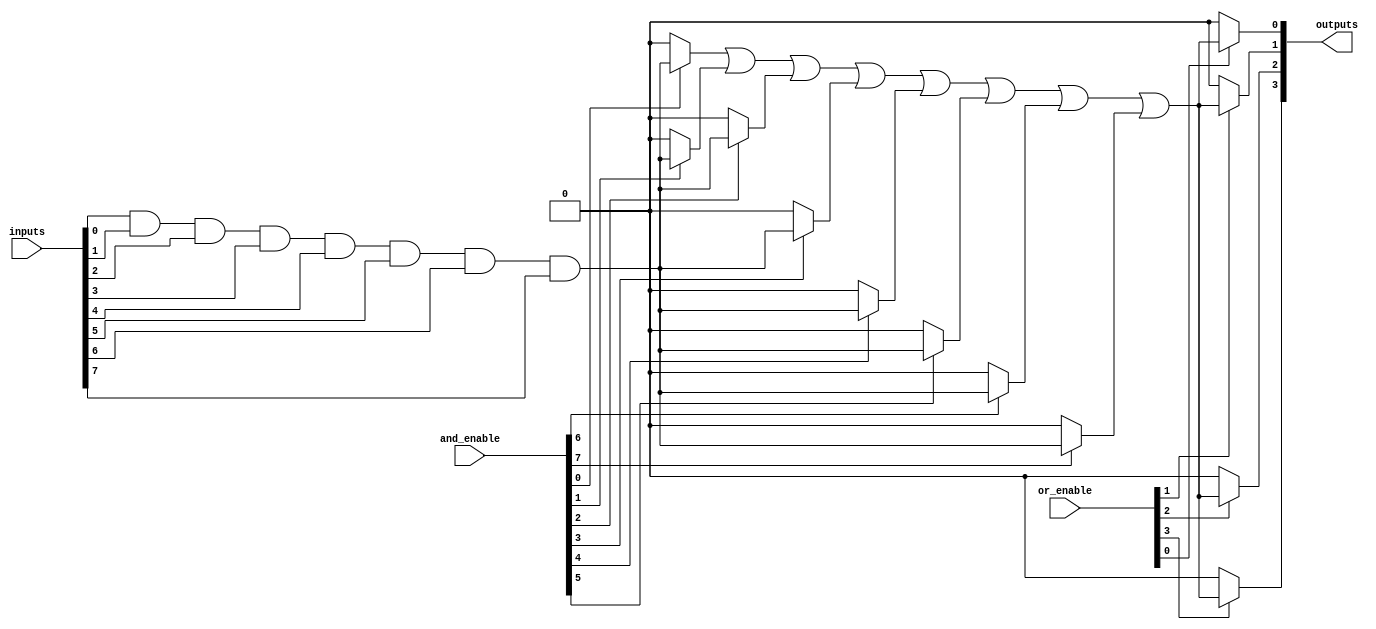
module SPAL #(
    parameter NUM_INPUTS = 8,   // Number of input lines
    parameter NUM_AND_GATES = 16, // Number of AND gates
    parameter NUM_OR_GATES = 4    // Number of OR gates
)(
    input wire [NUM_INPUTS-1:0] inputs, // Input lines
    input wire [NUM_AND_GATES-1:0] and_enable, // AND gate enable signals
    input wire [NUM_OR_GATES-1:0] or_enable, // OR gate enable signals
    output wire [NUM_OR_GATES-1:0] outputs // Output lines
);

// Internal wires for AND gate outputs
wire [NUM_AND_GATES-1:0] and_outputs [NUM_INPUTS-1:0];

// Programmable AND array
genvar i, j;
generate
    for (i = 0; i < NUM_AND_GATES; i = i + 1) begin : and_gate
        assign and_outputs[i] = (and_enable[i]) ? (inputs[0] & inputs[1] & inputs[2] & inputs[3] & inputs[4] & inputs[5] & inputs[6] & inputs[7]) : 1'b0; // Example: All inputs ANDed
    end
endgenerate

// Internal wires for OR gate outputs
wire [NUM_OR_GATES-1:0] or_outputs;

// Programmable OR array
generate
    for (j = 0; j < NUM_OR_GATES; j = j + 1) begin : or_gate
        assign or_outputs[j] = (or_enable[j]) ? (and_outputs[0] | and_outputs[1] | and_outputs[2] | and_outputs[3] | and_outputs[4] | and_outputs[5] | and_outputs[6] | and_outputs[7]) : 1'b0; // Example: All AND outputs ORed
    end
endgenerate

// Assign final outputs
assign outputs = or_outputs;

endmodule